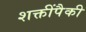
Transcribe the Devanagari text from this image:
शक्तींपैकी